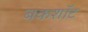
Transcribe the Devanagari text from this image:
बकशॉट